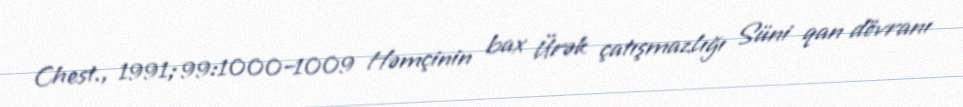
Chest., 1991;99:1000–1009 Həmçinin bax Ürək çatışmazlığı Süni qan dövranı